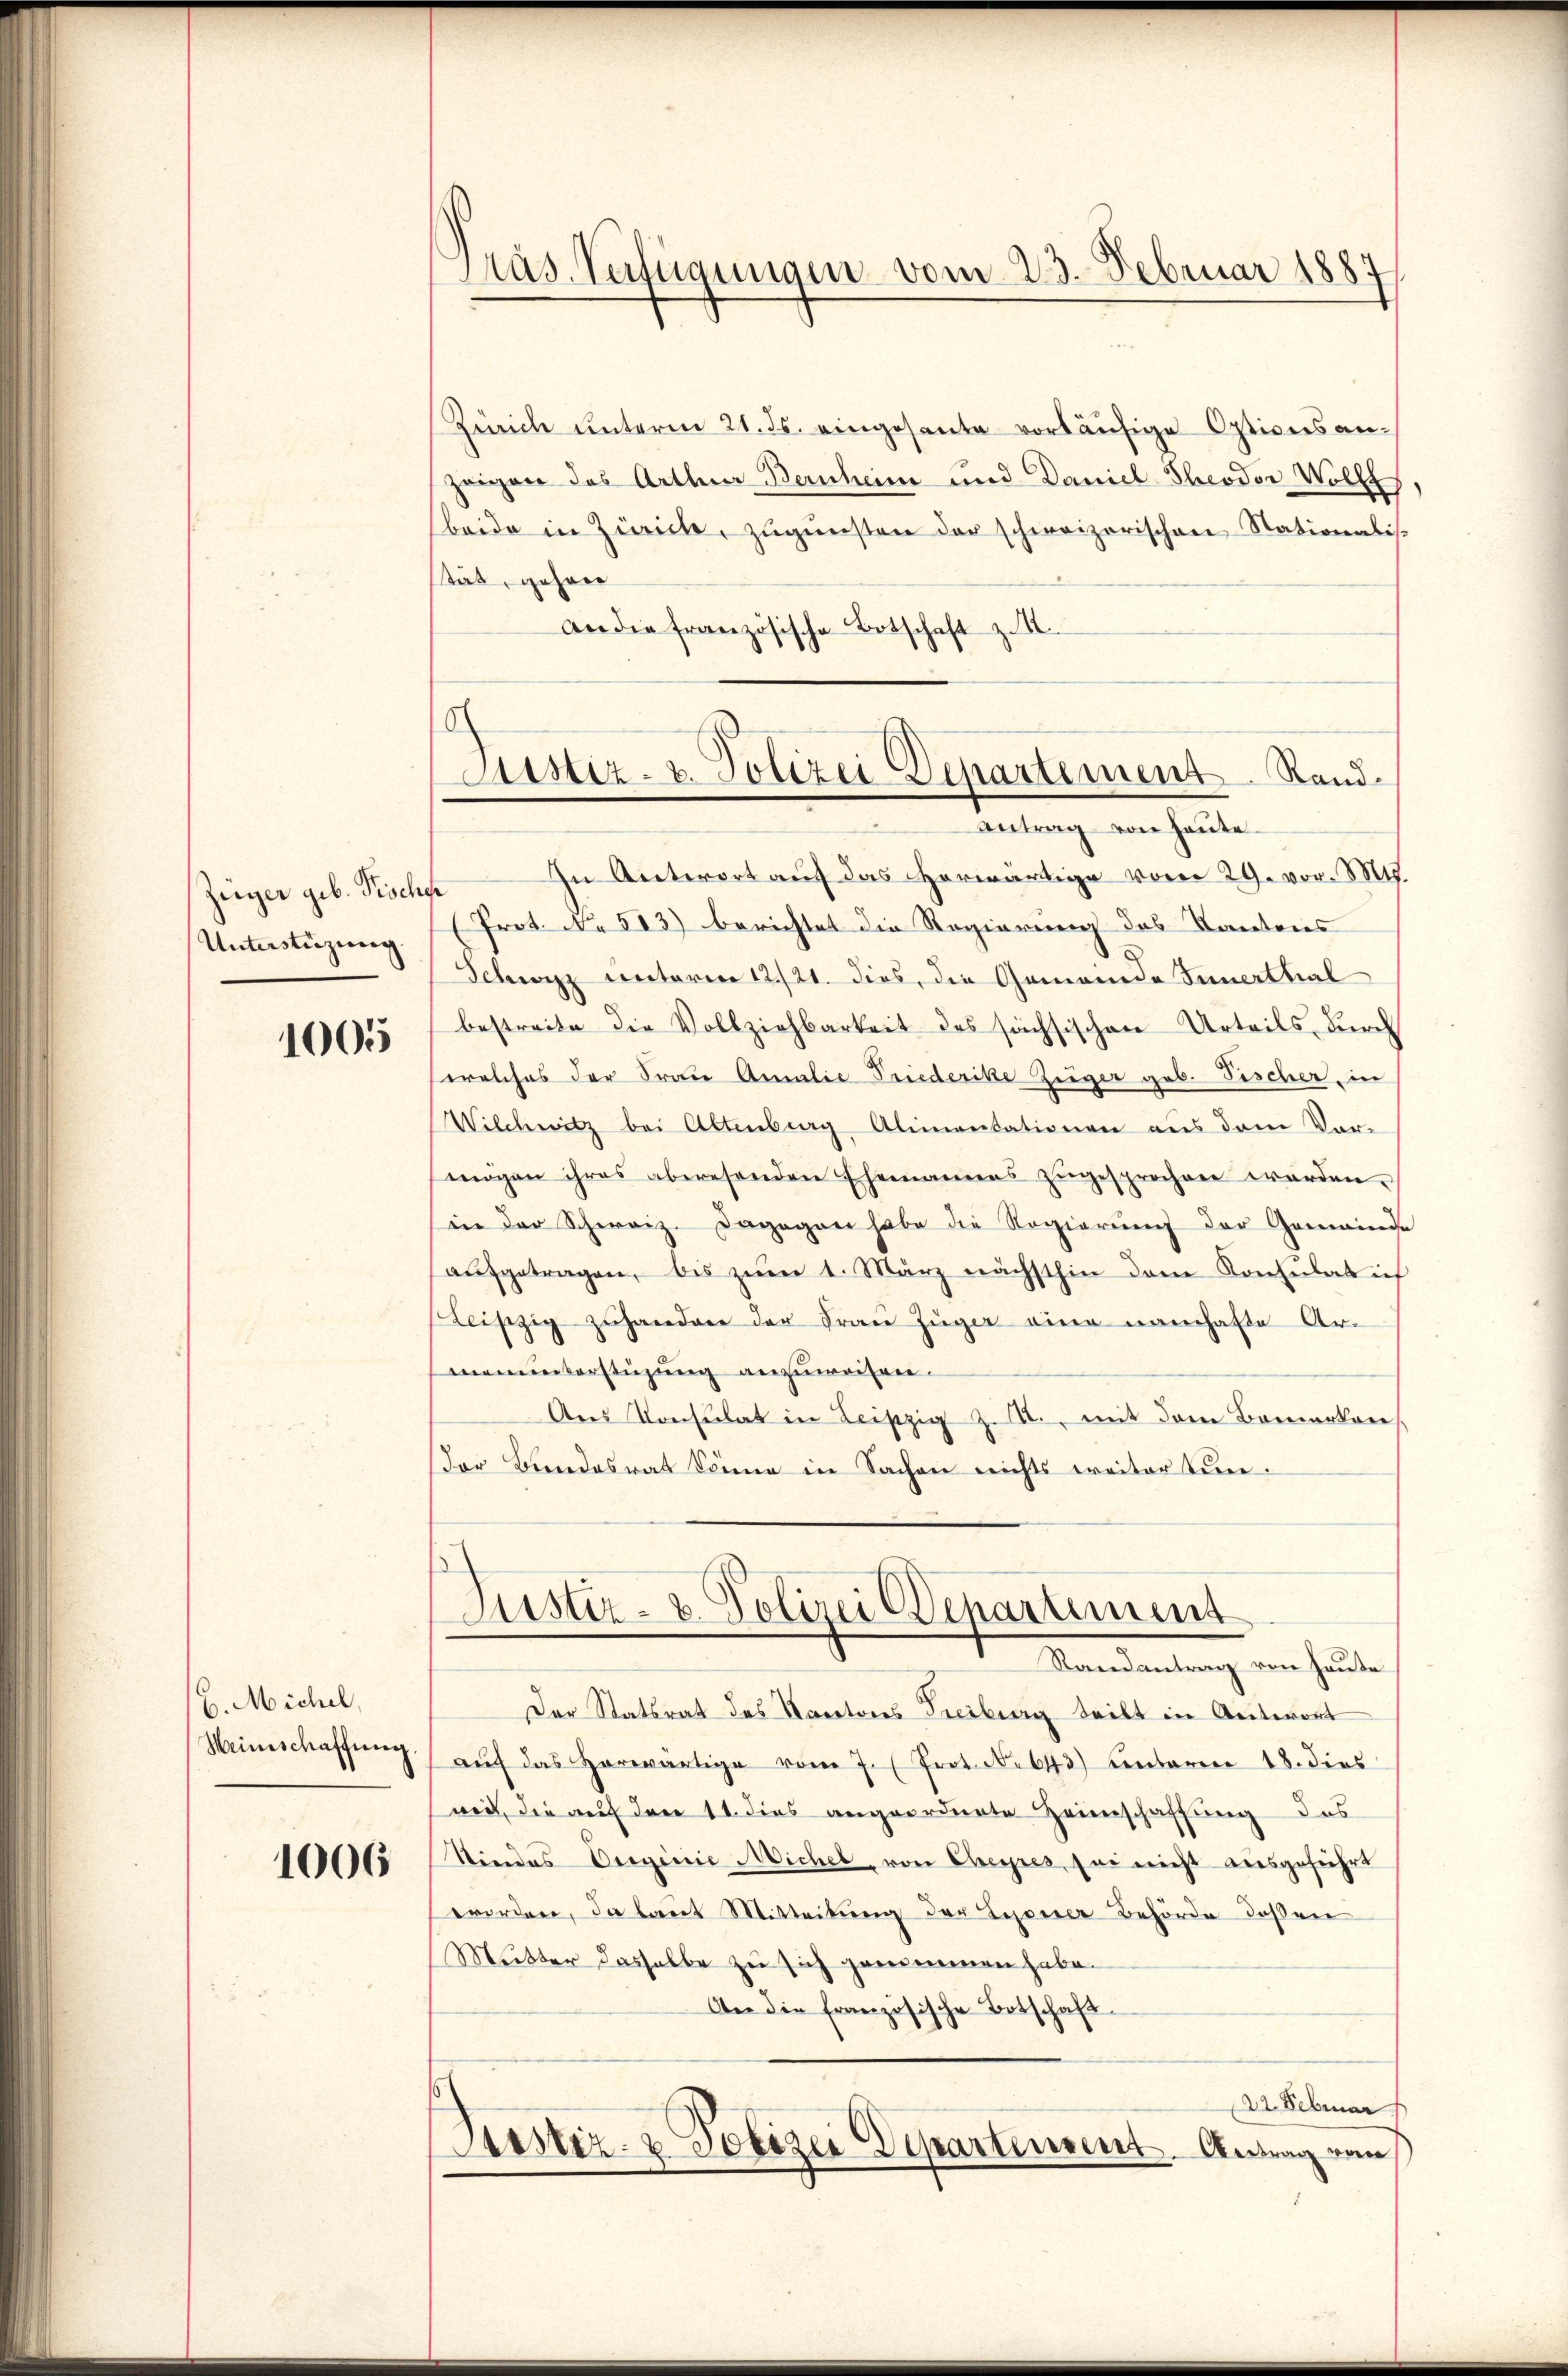
Züger geb. Pische
Unterstüzung.

1005

B. Michel,
Weinschaffung.

1006

Präs. Verfügungen vom 23. Februar 1887

Justiz- u. Polizei Departement. Sand¬
Antrag von heute

Zürich unterm 21. ds. eingesante vorläufige Optionsanzeigen des Arthner Bernheim und Daniel Theodor Woll
beide in Zürich, zŭgŭnsten der schweizerischen Nationalis-
stät, gehan
an die französische Botschaft zu II
In Antwort auf das Horwärtige vom 29. vor. Mts.
Prot. No. 513) berichtet die Regierung des Kantons
Schwyz Rectorien 12./21. dies, die Gemeinde Innerthal
bestreite die Vollziehbarkeit des sächsischen Urteils dŭrch
welches der Frau Annalie Friederike Züger geb. Fischer, in
Wilchwitz bei Altenburg Alimentationen aus dem Vor-
mögen ihres abwesenden Ehemannes zugesprochen werden.
in der Schweiz. Dagegen habe die Regierung der Gemeinde
aŭfgetragen, bis zum 1. März nächsthin dem Konsulat ich
Leipzig zuhandere der Frau Juger eine namhafte Armenunterstüzung anzuweisen.
Ans Konsulat in Leipzig z. B., mit dem Bemerken
der Bundesrat könne in Sachen nichts weiter tun.
Justiz- & Polizei Departement
Randantrag von Hause
Der Statsrat des Kantons Treiberg teilt in Antwort
aŭf das Horwärtige vom 7. Prot. N. 43) Enteren 18. dies
weit, die auf den 11. dies angeordnete Heimschaffung des
Siedes Orginie Michel, von Cheyres, sei nicht ausgeführt
worden, da laut Mitteilung der Lyoner Behörde deßen
Mutter dasselbe zu sich genommen habe.
An die französische Botschaft.
22. Februar
Justiz- & Polizei Departement. Antrag von